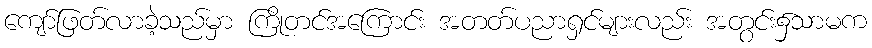
ကျော်ဖြတ်လာခဲ့သည်မှာ ကြိုတင်အကြောင်း အတတ်ပညာရှင်များလည်း အတွင်း၌သာမက